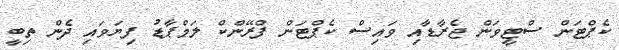
ކެޕްޓަން ސްޓީވަން ޖެރާޑާއި ވައިސް ކެޕްޓަން ފްރޭންކް ލަމްޕާޑު ފިޔަވަައި ދެން ތިބީ